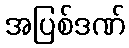
အပြစ်ဒဏ်